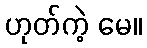
ဟုတ်ကဲ့ မေ။